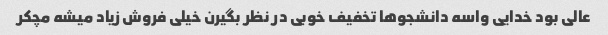
عالی بود خدایی واسه دانشجو‌ها تخفیف خوبی در نظر بگیرن خیلی فروش زیاد میشه مچکر